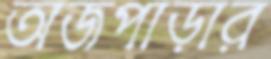
অজপাড়ার